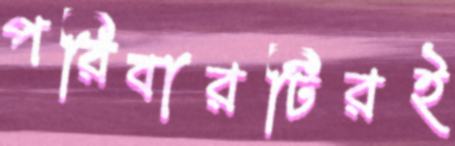
পরিবারটিরই